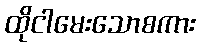
ထိုငါမေးသောစကား